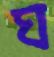
ঘ